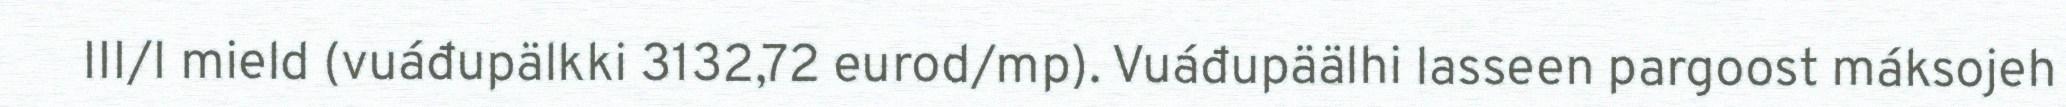
III/I mield (vuáđupälkki 3132,72 eurod/mp). Vuáđupäälhi lasseen pargoost máksojeh